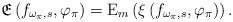
LaTeX: \begin{align*}\mathfrak{E}\left(f_{\omega_\pi,s},\varphi_{\pi}\right) = \mathrm{E}_{m}\left(\xi\left(f_{\omega_\pi,s},\varphi_{\pi}\right)\right).\end{align*}